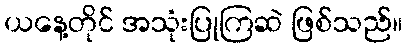
ယနေ့တိုင် အသုံးပြုကြဆဲ ဖြစ်သည်။